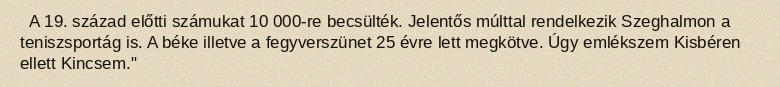
A 19. század előtti számukat 10 000-re becsülték. Jelentős múlttal rendelkezik Szeghalmon a teniszsportág is. A béke illetve a fegyverszünet 25 évre lett megkötve. Úgy emlékszem Kisbéren ellett Kincsem."